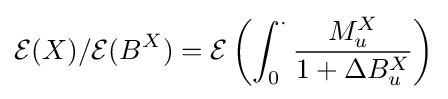
{\mathcal {E}}(X)/{\mathcal {E}}(B^{X})={\mathcal {E}}\left(\int _{0}^{\cdot }{\frac {M_{u}^{X}}{1+\Delta B_{u}^{X}}}\right)